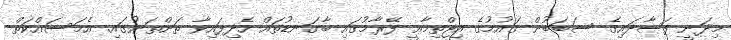
މިދަނީ ފަސާދައިގެ ސަބަބުން ޤައުމުގެ އިޖްތިމާޢީ ފޭރާމުގައި ބާގަނޑުތައް ހެދިފައިވާ ތަންތަނުގައި. އެމަސައްކަތް